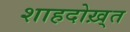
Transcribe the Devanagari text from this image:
शाहदोख़्त